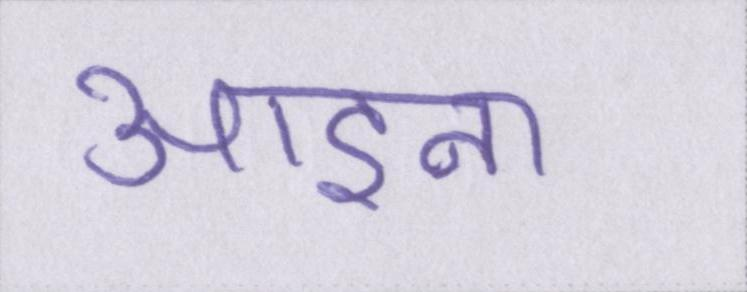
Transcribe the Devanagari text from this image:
आइना